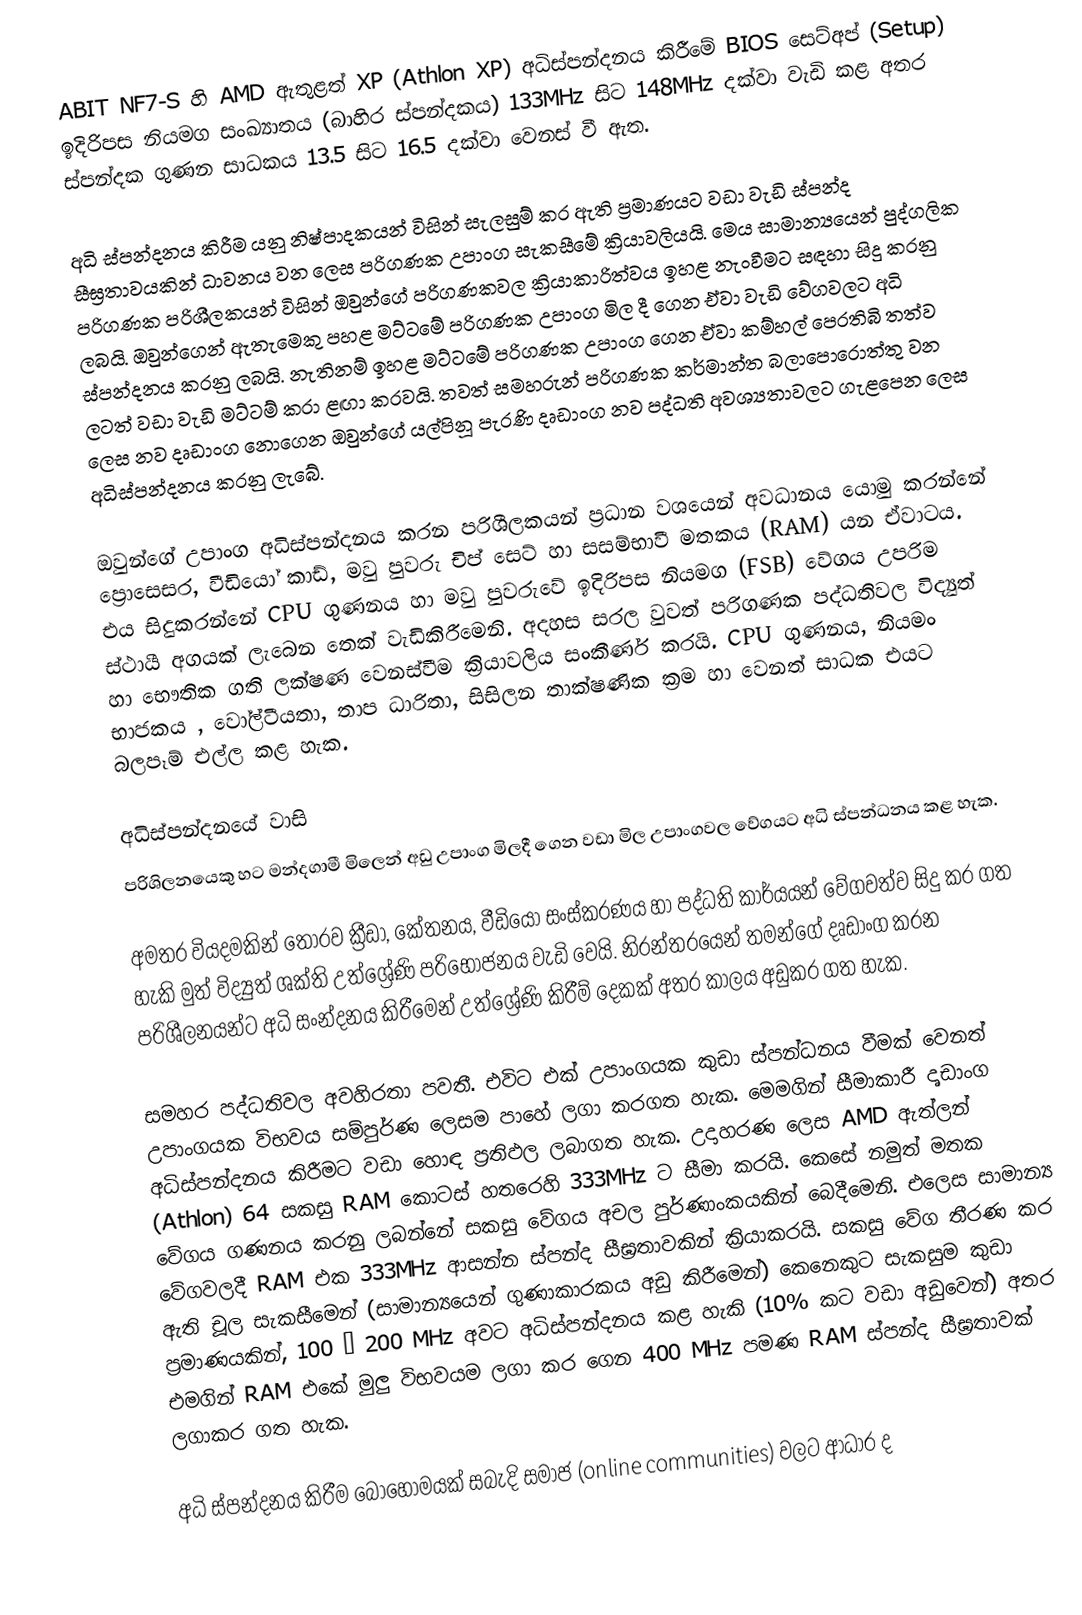
ABIT NF7-S හි AMD ඇතුළත් XP (Athlon XP) අධිස්පන්දනය කිරීමේ BIOS සෙට්අප් (Setup) ඉදිරිපස නියමග සංඛ්‍යාතය (බාහිර ස්පන්දකය) 133MHz සිට 148MHz  දක්වා වැඩි කළ අතර ස්පන්දක ගුණන සාධකය 13.5 සිට 16.5 දක්වා වෙනස් වී ඇත.

අධි ස්පන්දනය කිරීම යනු නිෂ්පාදකයන් විසින් සැලසුම් කර ඇති ප්‍රමාණයට වඩා වැඩි ස්පන්ද සීඝ්‍රතාවයකින් ධාවනය වන ලෙස පරිගණක උපාංග සැකසීමේ ක්‍රියාවලියයි. මෙය සාමාන්‍යයෙන් පුද්ගලික පරිගණක පරිශීලකයන් විසින් ඔවු‍න්ගේ පරිගණකවල ක්‍රියාකාරිත්වය ඉහළ නැංවීමට සඳහා සිදු කරනු ලබයි. ඔවුන්ගෙන් ඇතැමෙකු පහළ  මට්ටමේ පරිගණක උපාංග මිල දී ගෙන ඒවා වැඩි වේගවලට අධි ස්පන්දනය කරනු ලබයි. නැතිනම් ඉහළ මට්ටමේ පරිගණක උපාංග ගෙන ඒවා කම්හල් පෙරතිබි තත්ව ලටත් වඩා වැඩි මට්ටම් කරා ළඟා කරවයි. තවත් සමහරුන් පරිගණක කර්මාන්ත බලාපොරොත්තු වන ලෙස නව දෘඩාංග නොගෙන ඔවු‍න්ගේ යල්පිනූ පැරණි දෘඩාංග නව පද්ධති අවශ්‍යතාවලට ගැළපෙන ලෙස අධිස්පන්දනය කරනු ලැබේ.

ඔවු‍න්ගේ උපාංග අධිස්පන්දනය කරන පරිශීලකයන් ප්‍රධාන වශයෙන් අවධානය යොමු කරන්නේ ප්‍රොසෙසර, වීඩියෝ කාඩ්, මවු පුවරු චිප් සෙට් හා සසම්භාවී මතකය (RAM) යන ඒවාටය. එය සිදුකරන්නේ CPU ගුණනය හා මවු පුවරුවේ ඉදිරිපස නියමග (FSB) වේගය උපරිම ස්ථායී අගයක් ලැබෙන තෙක් වැඩිකිරීමෙනි. අදහස සරල වුවත් පරිගණක පද්ධතිවල විද්‍යුත් හා භෞතික ගති ලක්ෂණ වෙනස්වීම ක්‍රියාවලිය සංකීර්ණ කරයි. CPU ගුණනය, නියමං භාජකය , වෝල්ටීයතා, තාප ධාරිතා, සිසිලන තාක්ෂණික ක්‍රම හා වෙනත් සාධක එයට බලපෑම් එල්ල කළ හැක.

අධිස්පන්දනයේ වාසි
පරිශිලනයෙකු හට මන්දගාමී මිලෙන් අඩු උපාංග මිලදී ගෙන වඩා මිල උපාංගවල වේගයට අධි ස්පන්ධනය කළ හැක.

අමතර වියදමකින් තොරව ක්‍රීඩා, කේතනය, වීඩියෝ සංස්කරණය හා පද්ධති කාර්යයන් වේගවත්ව සිදු කර ගත හැකි මුත් විද්‍යුත් ශක්ති උත්ශ්‍රේණි පරිභෝජනය වැඩි වෙයි. නිරන්තරයෙන් තමන්ගේ දෘඩාංග කරන පරිශීලනයන්ට අධි සංන්දනය කිරීමෙන් උත්ශ්‍රේණි කිරීම් දෙකක් අතර කාලය අඩුකර ගත හැක.

සමහර පද්ධතිවල අවහිරතා පවතී. එවිට එක් උපාංගයක කුඩා ස්පන්ධනය වීමක් වෙනත් උපාංගයක විභවය සම්පුර්ණ ලෙසම පාහේ ලගා කරගත හැක. මෙමගින් සීමාකාරී දෘඩාංග අධිස්පන්දනය කිරීමට වඩා හොඳ ප්‍රතිඵල ලබාගත හැක. උදාහරණ ලෙස AMD ඇත්ලන් (Athlon) 64 සකසු RAM කොටස් හතරෙහි 333MHz ට සීමා කරයි. කෙසේ නමුත් මතක වේගය ගණනය කරනු ලබන්නේ සකසු වේගය අචල පුර්ණාංකයකින් බෙදීමෙනි. එලෙස සාමාන්‍ය වේගවලදී RAM එක 333MHz ආසන්න ස්පන්ද සීඝ්‍රතාවකින් ක්‍රියාකරයි. සකසු වේග තීරණ කර ඇති චූල සැකසීමෙන් (සාමාන්‍යයෙන් ගුණාකාරකය අඩු කිරීමෙන්) කෙනෙකුට සැකසුම කුඩා ප්‍රමාණයකින්, 100 – 200 MHz අවට අධිස්පන්දනය කළ හැකි (10% කට වඩා අඩුවෙන්) අතර එමගින් RAM එකේ මුලු විභවයම ලගා කර ගෙන 400 MHz පමණ RAM ස්පන්ද සීඝ්‍රතාවක් ලගාකර ගත හැක.

අධි ස්පන්දනය කිරීම බොහොමයක් සබැදි සමාජ (online communities) වලට‍ ආධාර ද